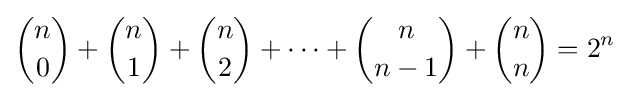
{n \choose 0}+{n \choose 1}+{n \choose 2}+\cdots +{n \choose n-1}+{n \choose n}=2^{n}